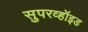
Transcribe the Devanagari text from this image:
सुपरव्हॉइड